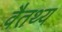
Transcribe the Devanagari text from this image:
वैतथ्य